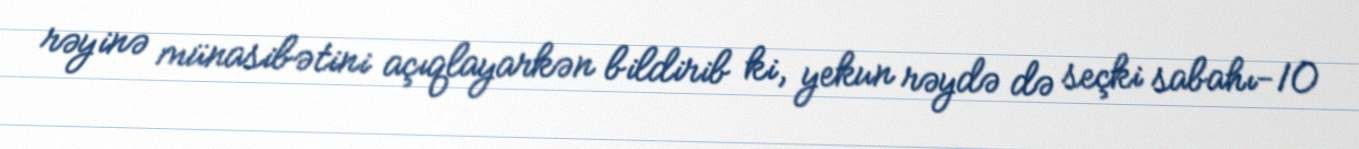
rəyinə münasibətini açıqlayarkən bildirib ki, yekun rəydə də seçki sabahı-10